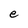
Character: e